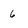
Character: 6